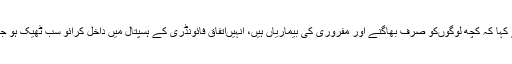
انہوں نے کہا کہ کچھ لوگوںکو صرف بھاگنے اور مفروری کی بیماریاں ہیں، انہیںاتفاق فائونڈری کے ہسپتال میں داخل کرائو سب ٹھیک ہو جائیں گے۔